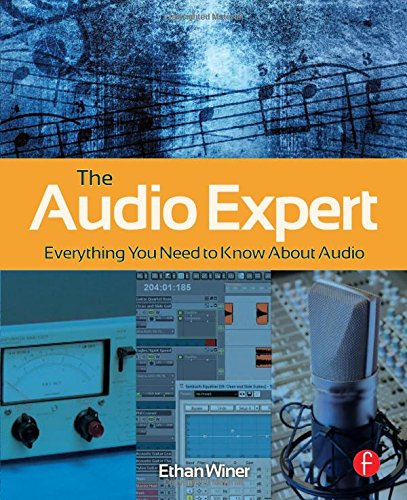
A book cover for The Audio Expert: Everything You Need to Know About Audio; Ethan Winer; Arts & Photography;